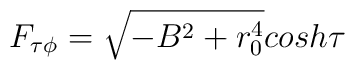
F_{\tau \phi}= \sqrt{-B^2+r_0^4} cosh \tau